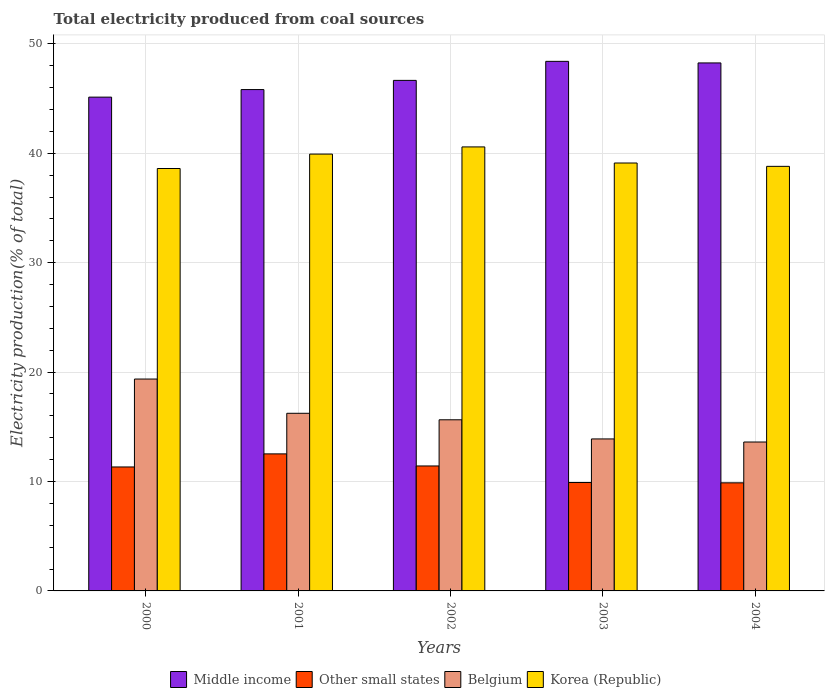
| Years | Middle income | Other small states | Belgium | Korea (Republic) |
 | --- | --- | --- | --- | --- |
 | 2000 | 45.1 | 11.3 | 19.4 | 38.6 |
 | 2001 | 45.8 | 12.5 | 16.2 | 39.9 |
 | 2002 | 46.7 | 11.4 | 15.6 | 40.6 |
 | 2003 | 48.4 | 9.91 | 13.9 | 39.1 |
 | 2004 | 48.3 | 9.88 | 13.6 | 38.8 |